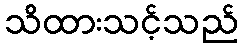
သိထားသင့်သည်